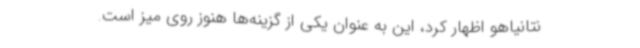
نتانیاهو اظهار کرد، این به عنوان یکی از گزینه‌ها هنوز روی میز است.